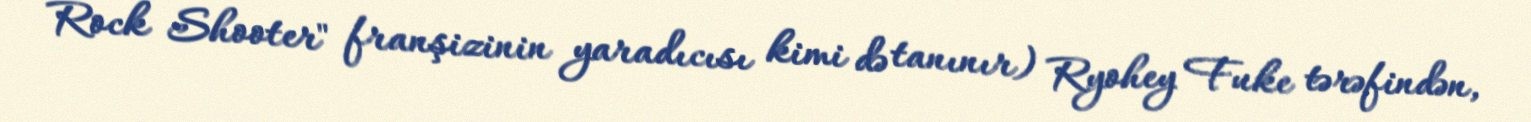
Rock Shooter" franşizinin yaradıcısı kimi də tanınır) Ryohey Fuke tərəfindən,